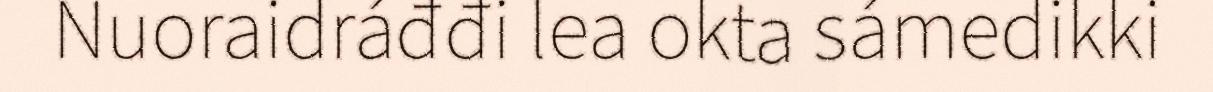
Nuoraidráđđi lea okta sámedikki